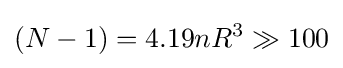
(N-1)=4.19nR^{3}\gg 100